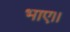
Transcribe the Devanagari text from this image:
भाए।।